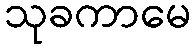
သုခကာမေ